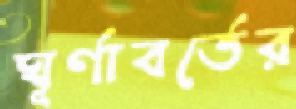
ঘূর্ণাবর্তের